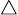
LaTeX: \scriptstyle\bigtriangleup